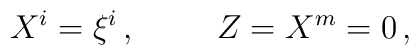
X^{i}=\xi^{i}\, ,\hspace{1cm}Z=X^{m}  =0\, ,